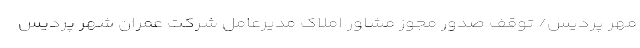
مهر پردیس/ توقف صدور مجوز مشاور املاک مدیرعامل شرکت عمران شهر پردیس